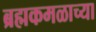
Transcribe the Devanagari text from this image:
ब्रह्मकमळाच्या